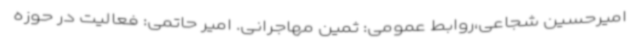
امیرحسین شجاعی،روابط عمومی: ثمین مهاجرانی. امیر حاتمی: فعالیت در حوزه